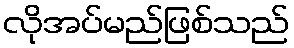
လိုအပ်မည်ဖြစ်သည်